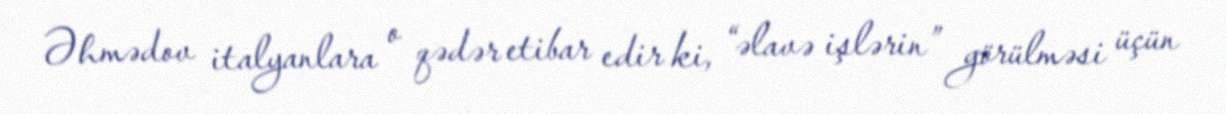
Əhmədov italyanlara o qədər etibar edir ki, “əlavə işlərin” görülməsi üçün